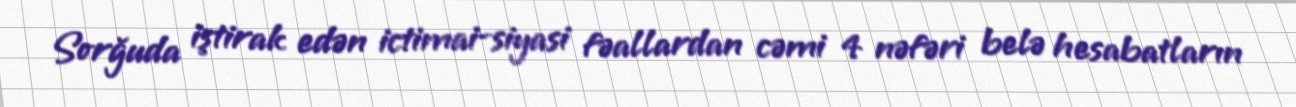
Sorğuda iştirak edən ictimai-siyasi fəallardan cəmi 4 nəfəri belə hesabatların